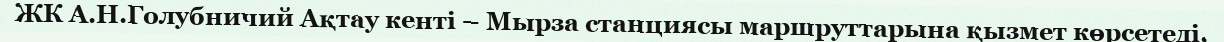
ЖК А.Н.Голубничий Ақтау кенті – Мырза станциясы маршруттарына қызмет көрсетеді.